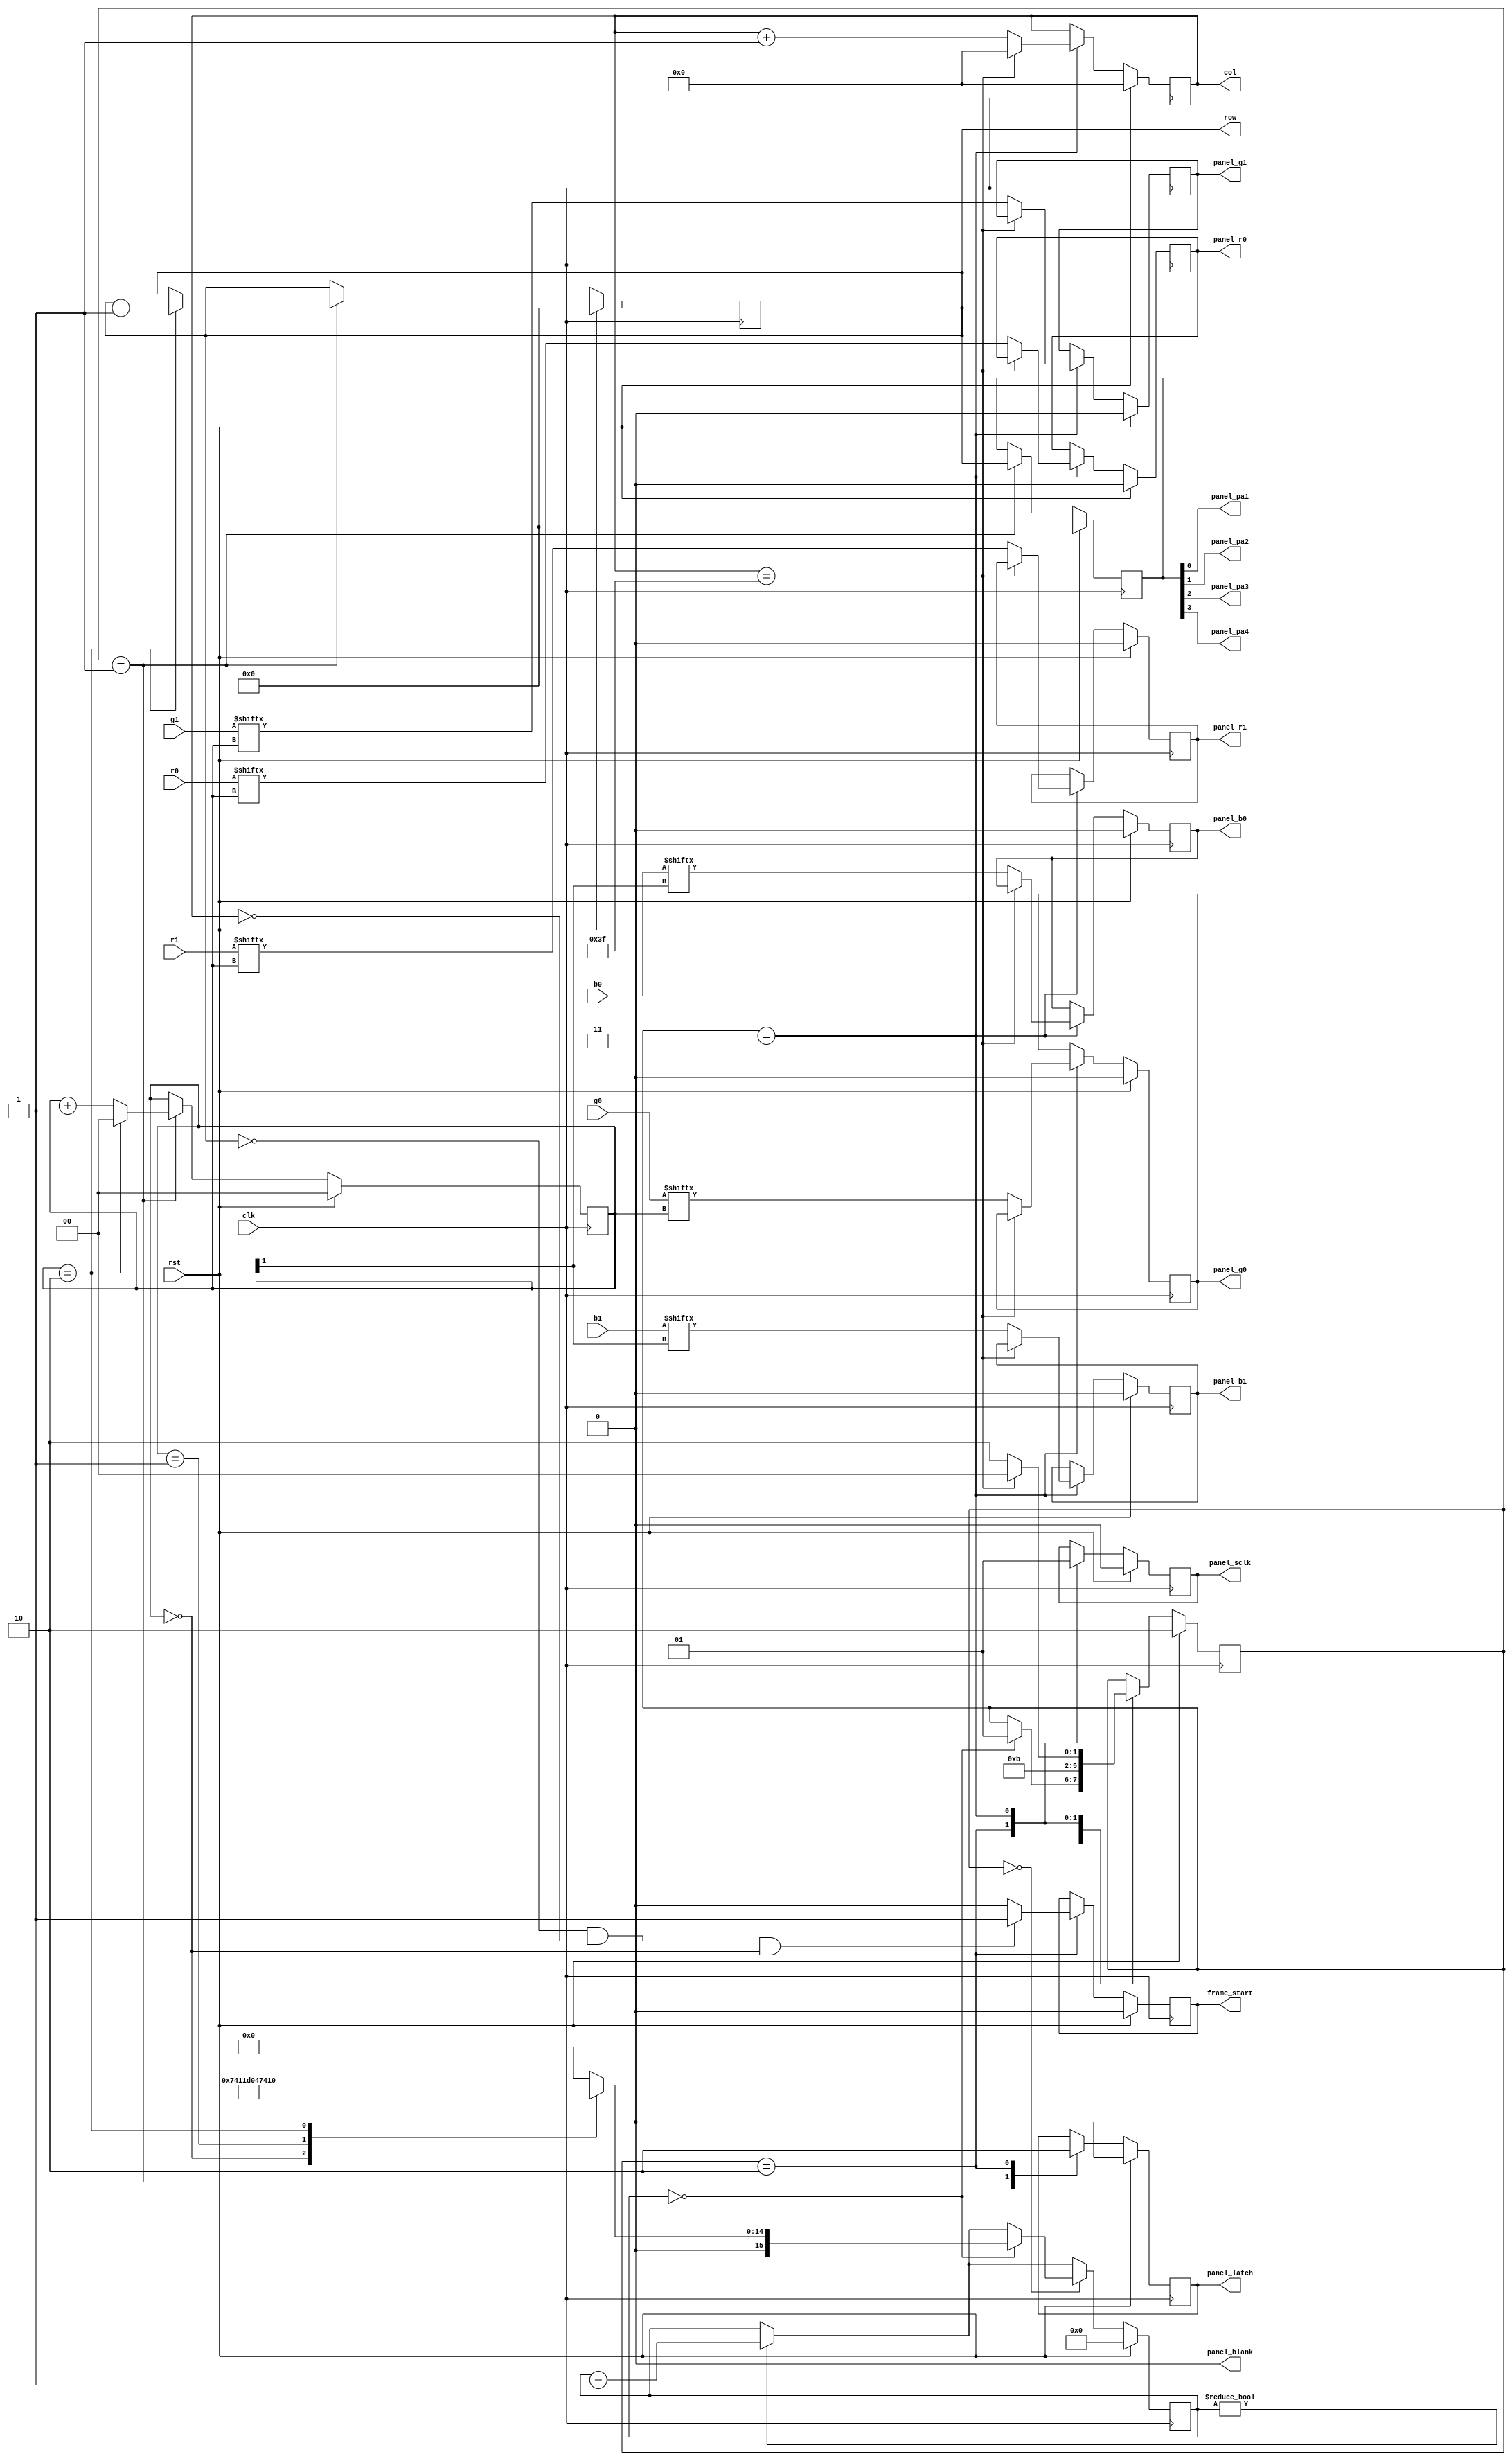
module leddriver
(
    // Data Input
    input rst,
    input clk,
    input [2:0] r0,
    input [2:0] r1,
    input [2:0] g0,
    input [2:0] g1,
    input [1:0] b0,
    input [1:0] b1,
    // Control Output
    output reg [3:0] row,
    output reg [5:0] col,
    output reg frame_start,
    // Panel Outputs
    output reg panel_r0,
    output reg panel_r1,
    output reg panel_g0,
    output reg panel_g1,
    output reg panel_b0,
    output reg panel_b1,
    output panel_pa1,
    output panel_pa2,
    output panel_pa3,
    output panel_pa4,
    output reg panel_sclk,
    output reg panel_latch,
    output panel_blank
);

localparam state_waitline = 0;
localparam state_latchline = 1;
localparam state_readline0 = 2;
localparam state_readline1 = 3;

reg [15:0] timer;
reg [1:0] bitpos;
reg [1:0] state;
reg [3:0] pa;

assign panel_pa1 = pa[0];
assign panel_pa2 = pa[1];
assign panel_pa3 = pa[2];
assign panel_pa4 = pa[3];
assign panel_blank = 0;

always @(posedge clk)
begin
    if (rst)
    begin
        state <= state_readline0;
        timer <= 0;
        bitpos <= 0;
        row <= 0;
        col <= 0;
        panel_r0 <= 0;
        panel_r1 <= 0;
        panel_g0 <= 0;
        panel_g1 <= 0;
        panel_b0 <= 0;
        panel_b1 <= 0;
        panel_latch <= 0;
        pa <= 0;
        panel_sclk <= 0;
        frame_start <= 0;
    end
    else
    begin
        if (timer != 0)
            timer <= timer - 1;

        case (state)
        
            state_waitline:
            begin
                if (timer == 0)
                begin
                    case (bitpos) // Based on 50MHz clock
                        0: timer <= 7428;
                        1: timer <= 14856;
                        2: timer <= 29712;
                        default: timer <= 0;
                    endcase
                    state <= state_latchline;
                end
            end

            state_latchline:
            begin
                panel_latch <= 1;
                pa <= row;
                if (bitpos == 2)
                begin
                    bitpos <= 0;
                    row <= row + 1;
                end
                else
                    bitpos <= bitpos + 1;
                state <= state_readline0;
            end

            state_readline0:
            begin
                panel_latch <= 0;     
                panel_sclk <= 0;   
                state <= state_readline1;     

                if (row == 0 && col == 0 && bitpos == 0)
                    frame_start <= 1;
                else
                    frame_start <= 0;  
            end

            state_readline1:
            begin
                panel_sclk <= 1;

                if (col == 63)
                begin
                    state <= state_waitline;
                    col <= 0;
                end
                else
                begin
                    panel_r0 <= r0[bitpos];
                    panel_r1 <= r1[bitpos];
                    panel_g0 <= g0[bitpos];
                    panel_g1 <= g1[bitpos];
                    panel_b0 <= b0[bitpos[1]];
                    panel_b1 <= b1[bitpos[1]];
                    col <= col + 1;
                    state <= state_readline0;
                end
            end
        endcase
    end
end
endmodule